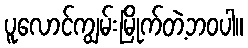
ပူလောင်ကျွမ်းမြိုက်တဲ့ဘဝပါ။